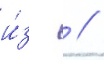
и́з  //